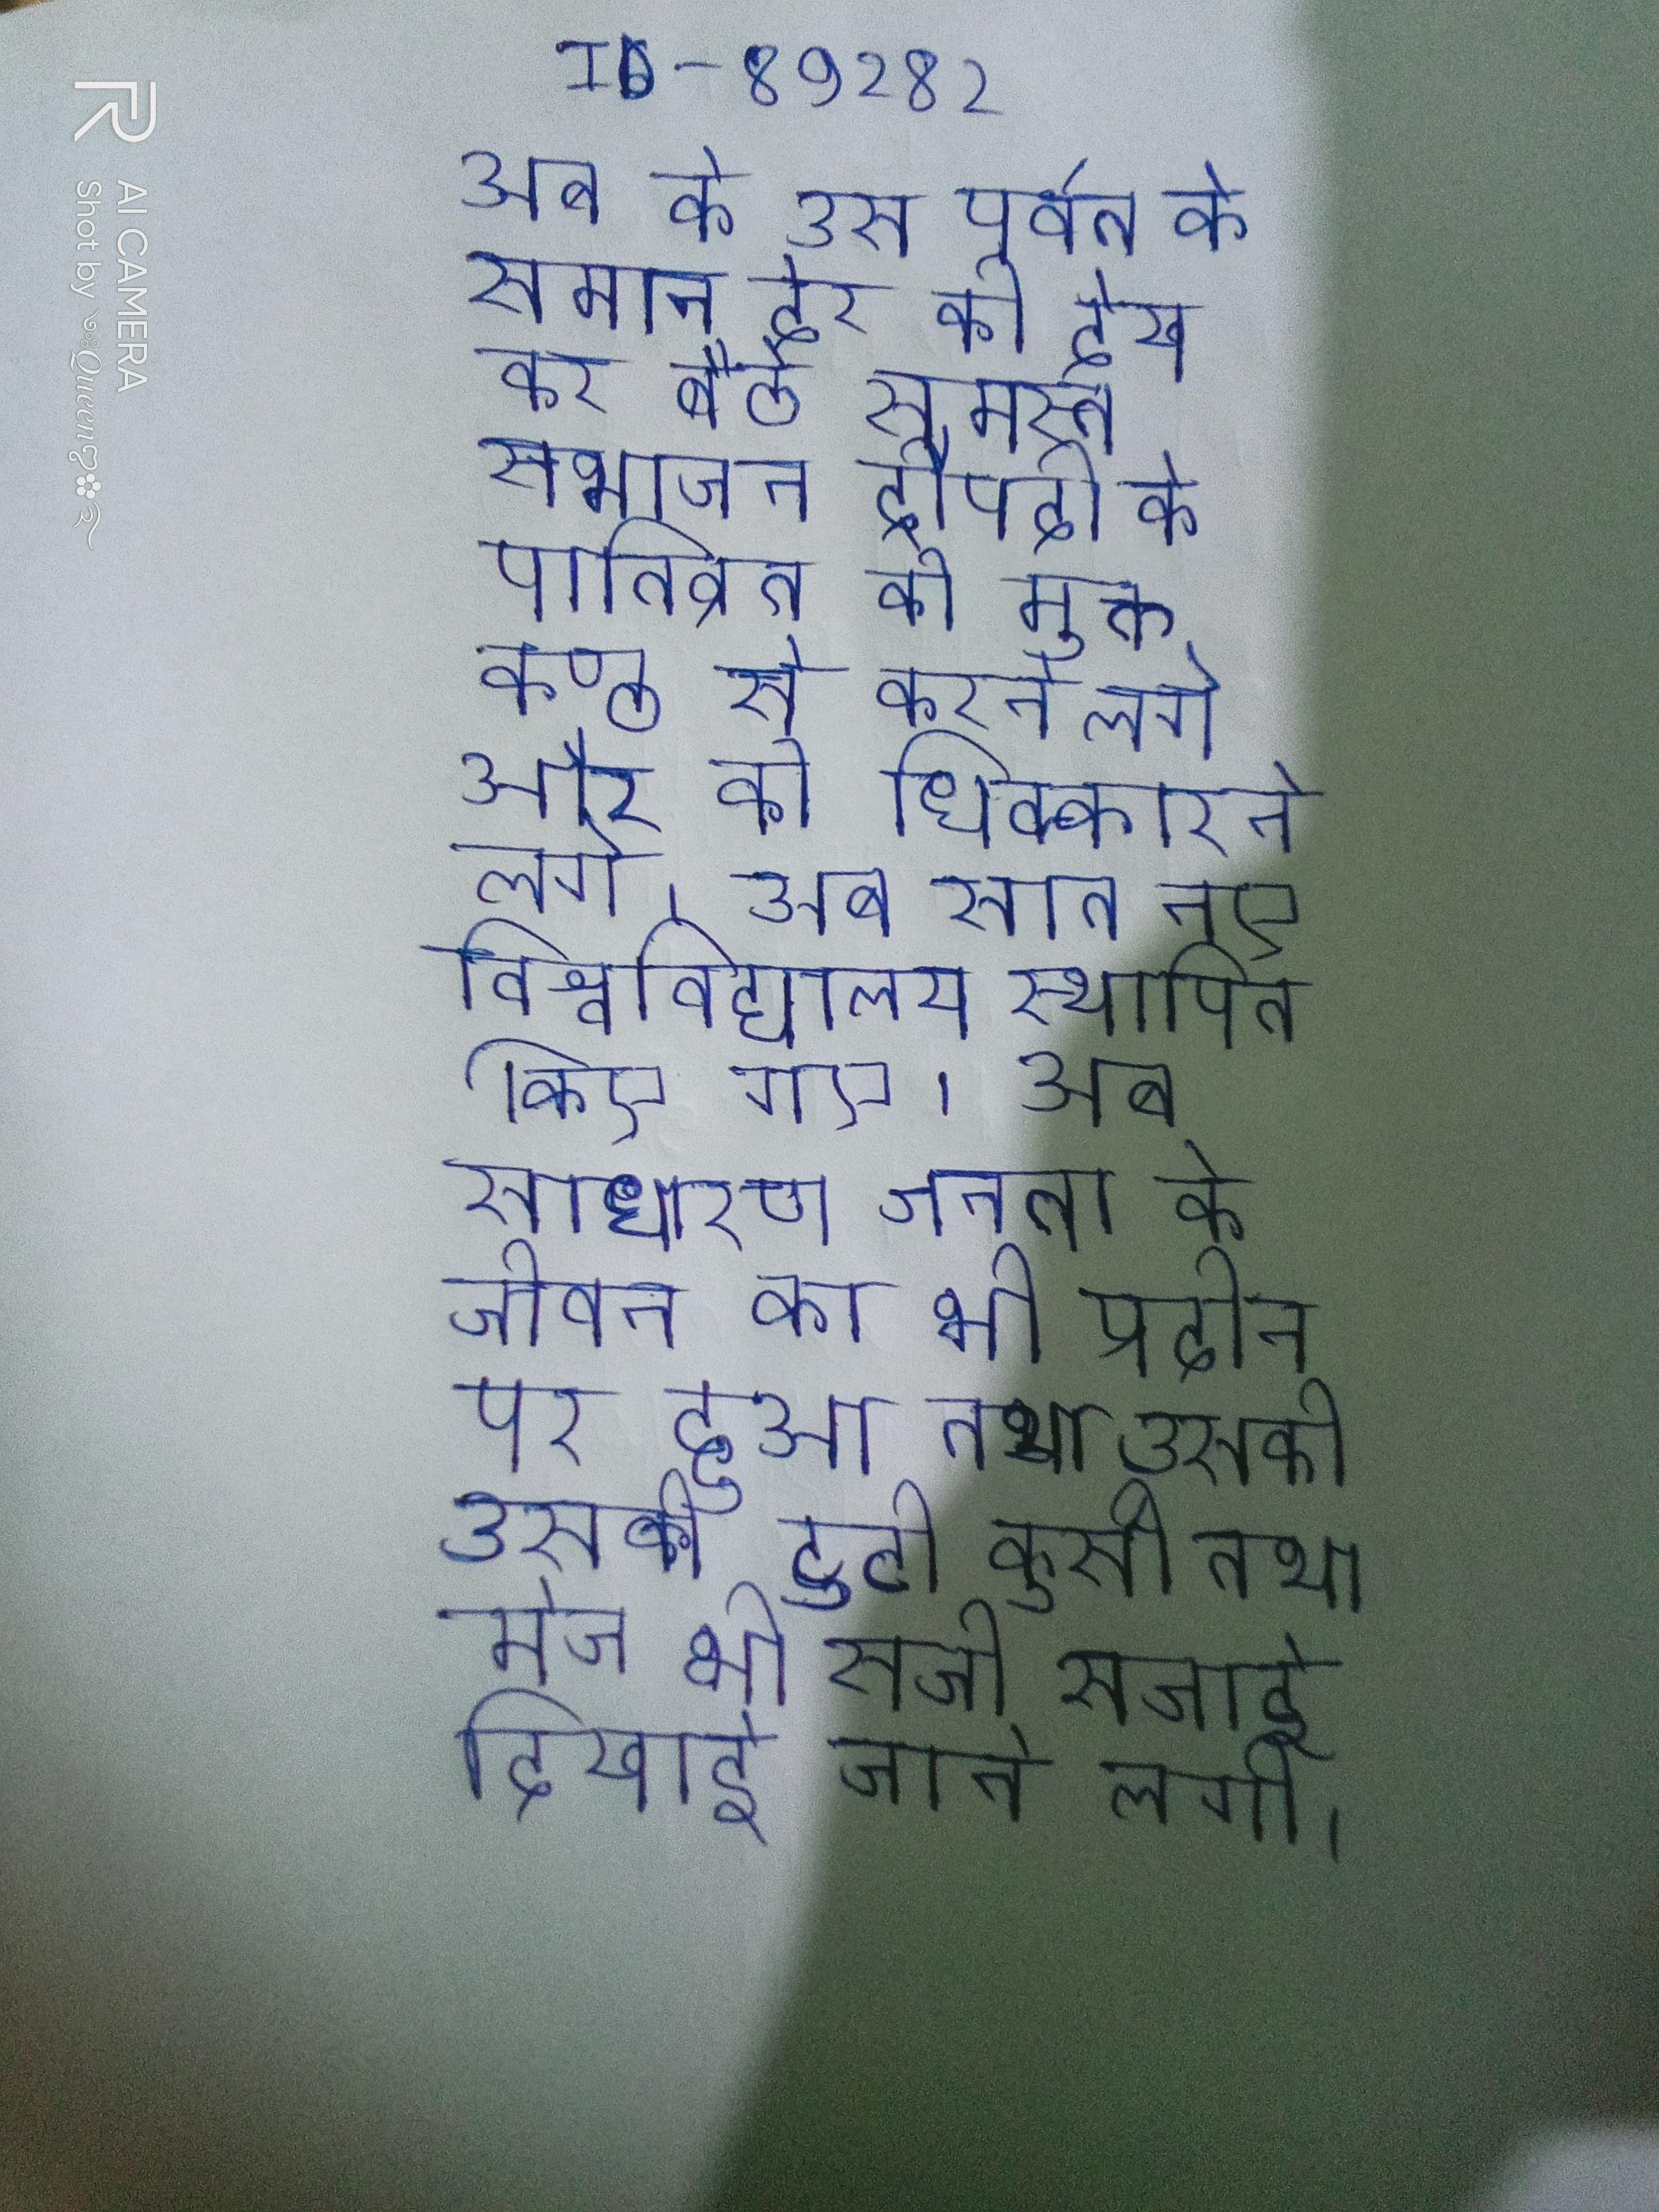
अब के उस पर्वत के समान ढेर को देख कर बैठे समस्त सभाजन द्रौपदी के पातिव्रत की मुक्त कण्ठ से करने लगे और को धिक्कारने लगे । अब सात नए विश्वविद्यालय स्थापित किए गए । अब साधारण जनता के जीवन का भी प्रर्दान पर हुआ तथा उसकी उसकी टूटी कुर्सी तथा मेज भी सजी सजाई दिखाई जाने लगी ।